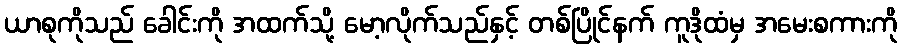
ယာစုကိုသည် ခေါင်းကို အထက်သို့ မော့လိုက်သည်နှင့် တစ်ပြိုင်နက် ကူဒိုထံမှ အမေးစကားကို